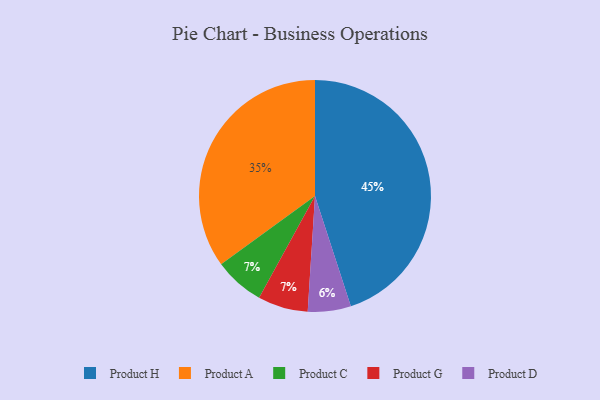
{"axis": {"x": "Category", "y": "Percentage"}, "legend": ["Product A", "Product C", "Product D", "Product G", "Product H"], "data": [{"x": "Product D", "y": 6, "type": "Product D"}, {"x": "Product H", "y": 45, "type": "Product H"}, {"x": "Product C", "y": 7, "type": "Product C"}, {"x": "Product A", "y": 35, "type": "Product A"}, {"x": "Product G", "y": 7, "type": "Product G"}]}